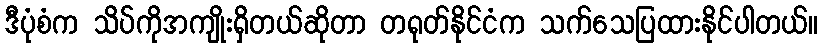
ဒီပုံစံက သိပ်ကိုအကျိုးရှိတယ်ဆိုတာ တရုတ်နိုင်ငံက သက်သေပြထားနိုင်ပါတယ်။